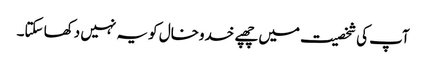
آپ کی شخصیت میں چھپے خدوخال کو یہ نہیں دکھا سکتا۔